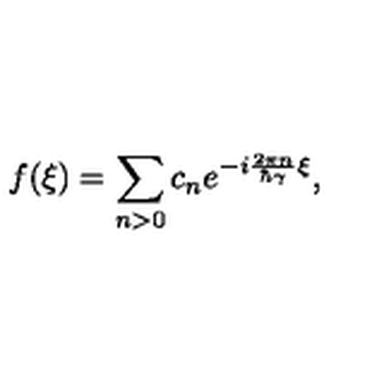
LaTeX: f ( \xi ) = \sum _ { n > 0 } c _ { n } e ^ { - i \frac { 2 \pi n } { \hbar \gamma } \xi } ,